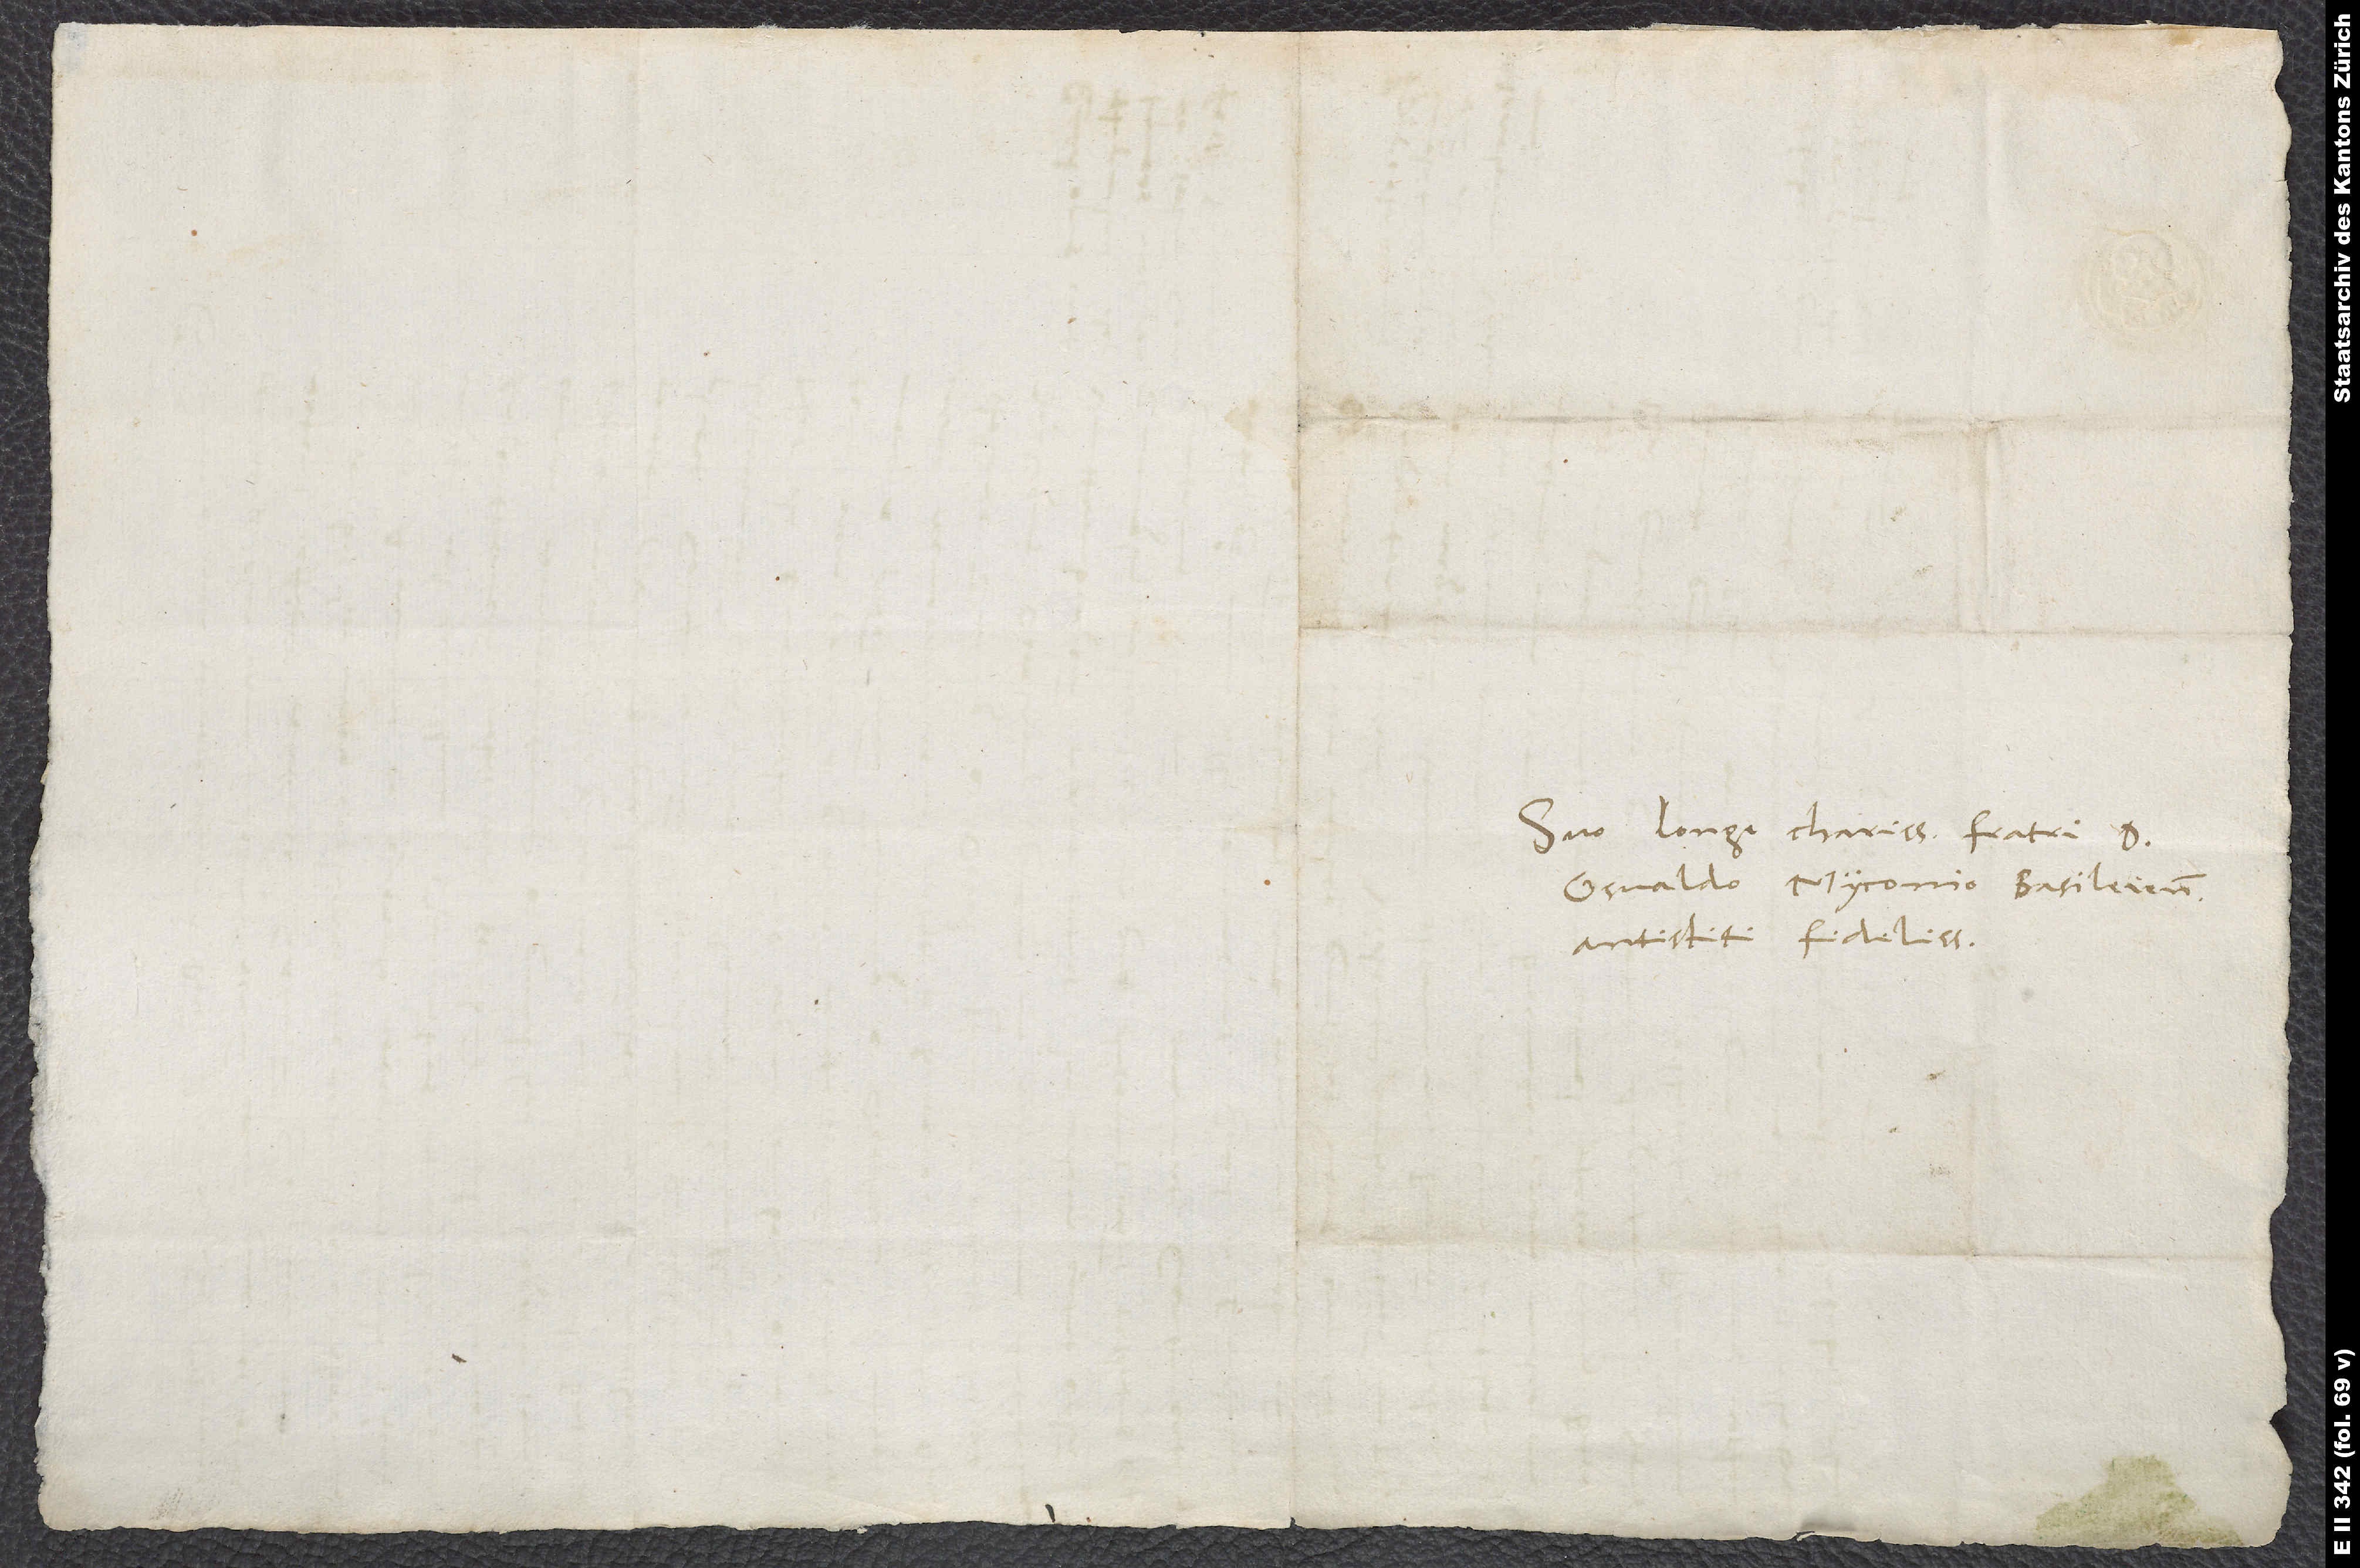
Suo longe charissimo fratri d.
Osvaldo Myconio, Basileien
antistiti fidelissimo.